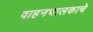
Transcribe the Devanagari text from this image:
वाहनचालकाचे